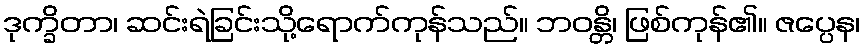
ဒုက္ခိတာ၊ ဆင်းရဲခြင်းသို့ရောက်ကုန်သည်။ ဘဝန္တိ၊ ဖြစ်ကုန်၏။ ဇပ္ပေန၊